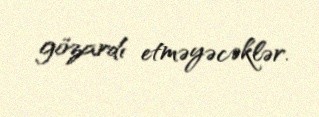
gözardı etməyəcəklər.